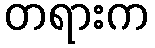
တရားက